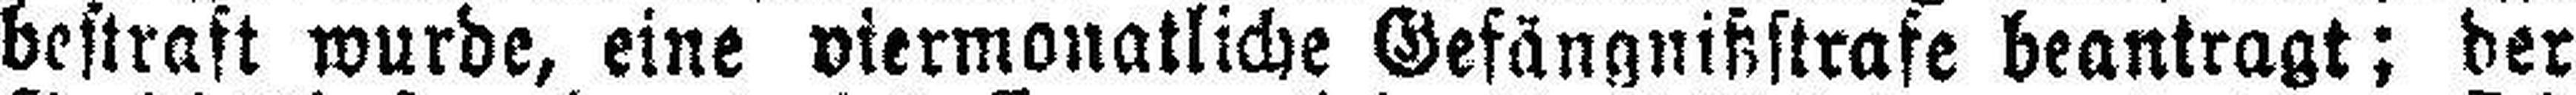
bestraft wurde, eine viermonatliche Gefängnißstrafe beantragt; der